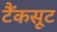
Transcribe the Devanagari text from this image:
टैंकसूट